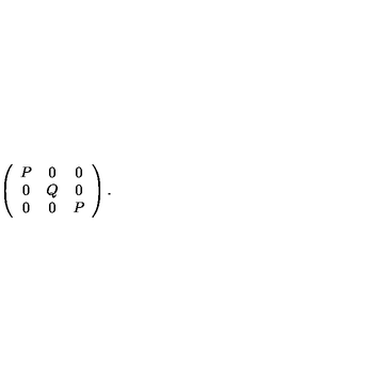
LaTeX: \left( \begin{array} { c c c } { P } & { 0 } & { 0 } \\ { 0 } & { Q } & { 0 } \\ { 0 } & { 0 } & { P } \\ \end{array} \right) .